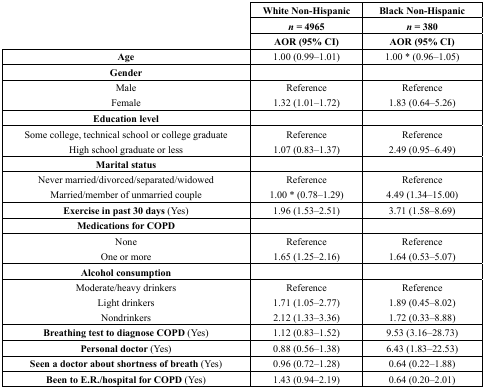
<table><thead><tr><td>[EMPTY_CELL]</td><td><b>White Non-Hispanic</b></td><td><b>Black Non-Hispanic</b></td></tr><tr><td>[EMPTY_CELL]</td><td><b><i>n</i> = 4965</b></td><td><b><i>n</i> = 380</b></td></tr><tr><td>[EMPTY_CELL]</td><td><b>AOR (95% CI)</b></td><td><b>AOR (95% CI)</b></td></tr></thead><tbody><tr><td><b>Age</b></td><td>1.00 (0.99–1.01)</td><td>1.00 * (0.96–1.05)</td></tr><tr><td><b>Gender</b></td><td>[EMPTY_CELL]</td><td>[EMPTY_CELL]</td></tr><tr><td>Male</td><td>Reference</td><td>Reference</td></tr><tr><td>Female</td><td>1.32 (1.01–1.72)</td><td>1.83 (0.64–5.26)</td></tr><tr><td><b>Education level</b></td><td>[EMPTY_CELL]</td><td>[EMPTY_CELL]</td></tr><tr><td>Some college, technical school or college graduate</td><td>Reference</td><td>Reference</td></tr><tr><td>High school graduate or less</td><td>1.07 (0.83–1.37)</td><td>2.49 (0.95–6.49)</td></tr><tr><td><b>Marital status</b></td><td>[EMPTY_CELL]</td><td>[EMPTY_CELL]</td></tr><tr><td>Never married/divorced/separated/widowed </td><td>Reference</td><td>Reference</td></tr><tr><td>Married/member of unmarried couple</td><td>1.00 * (0.78–1.29)</td><td>4.49 (1.34–15.00)</td></tr><tr><td><b>Exercise in past 30 days</b> (Yes)</td><td>1.96 (1.53–2.51)</td><td>3.71 (1.58–8.69)</td></tr><tr><td><b>Medications for COPD</b></td><td>[EMPTY_CELL]</td><td>[EMPTY_CELL]</td></tr><tr><td>None</td><td>Reference</td><td>Reference</td></tr><tr><td>One or more </td><td>1.65 (1.25–2.16)</td><td>1.64 (0.53–5.07)</td></tr><tr><td><b>Alcohol consumption</b></td><td>[EMPTY_CELL]</td><td>[EMPTY_CELL]</td></tr><tr><td>Moderate/heavy drinkers </td><td>Reference</td><td>Reference</td></tr><tr><td>Light drinkers</td><td>1.71 (1.05–2.77)</td><td>1.89 (0.45–8.02)</td></tr><tr><td>Nondrinkers </td><td>2.12 (1.33–3.36)</td><td>1.72 (0.33–8.88)</td></tr><tr><td><b>Breathing test to diagnose COPD</b> (Yes)</td><td>1.12 (0.83–1.52)</td><td>9.53 (3.16–28.73)</td></tr><tr><td><b>Personal doctor</b> (Yes)</td><td>0.88 (0.56–1.38)</td><td>6.43 (1.83–22.53)</td></tr><tr><td><b>Seen a doctor about shortness of breath</b> (Yes)</td><td>0.96 (0.72–1.28)</td><td>0.64 (0.22–1.88)</td></tr><tr><td><b>Been to E.R./hospital for COPD</b> (Yes)</td><td>1.43 (0.94–2.19)</td><td>0.64 (0.20–2.01)</td></tr></tbody></table>